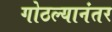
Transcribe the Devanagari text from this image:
गोठल्यानंतर